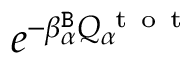
e ^ { - \beta _ { \alpha } ^ { \tt B } Q _ { \alpha } ^ { \mathrm { ~ t ~ o ~ t ~ } } }